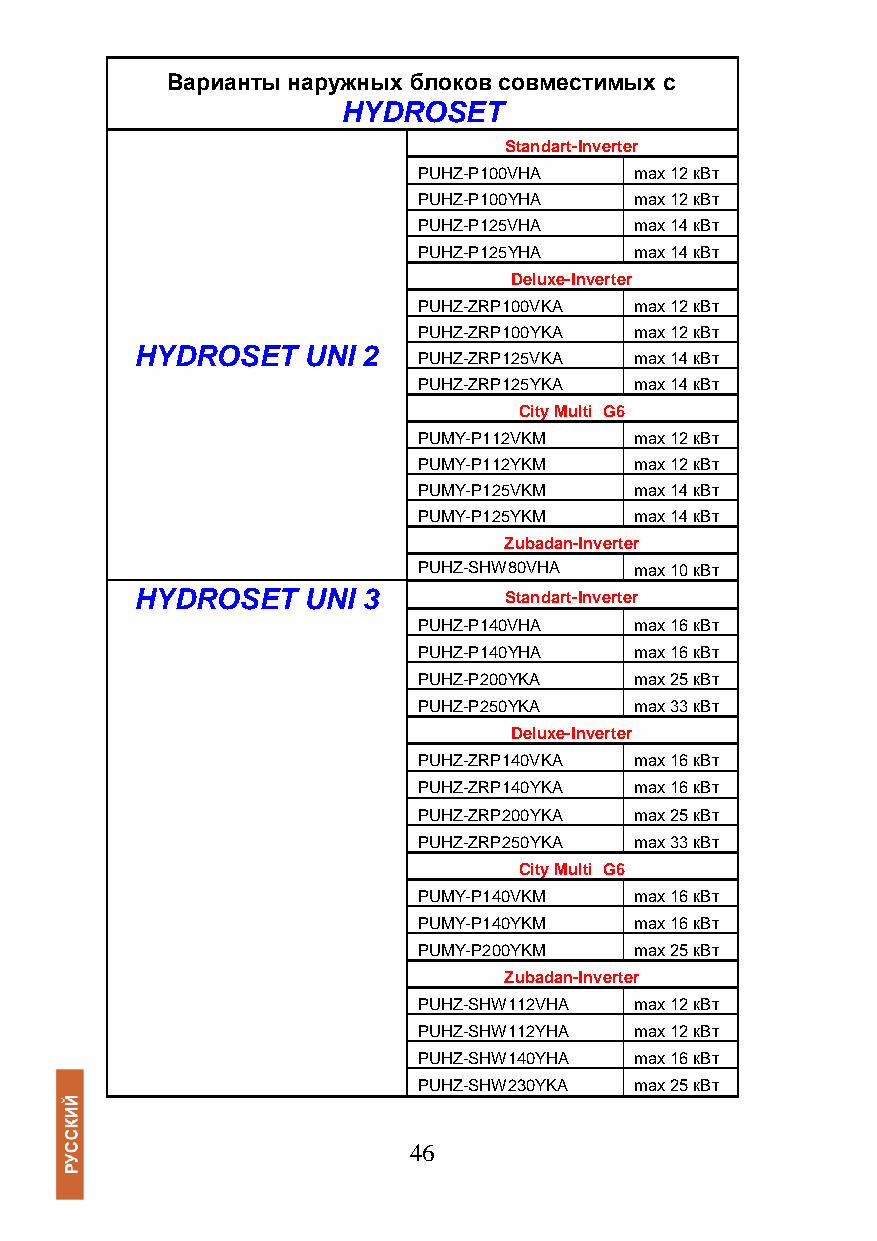
Варианты наружных блоков совместимых с
 HYDROSET
 Standart-Inverter
 PUHZ-P100VHA  max 12 кВт
 PUHZ-P100YHA  max 12 кВт
 PUHZ-P125VHA  max 14 кВт
 PUHZ-P125YHA  max 14 кВт
 Deluxe-Inverter
 PUHZ-ZRP100VKA max 12 кВт
 PUHZ-ZRP100YKA max 12 кВт
 HYDROSET   UNI 2
 PUHZ-ZRP125VKA max 14 кВт
 PUHZ-ZRP125YKA max 14 кВт
 City Multi G6
 PUMY-P112VKM  max 12 кВт
 PUMY-P112YKM  max 12 кВт
 PUMY-P125VKM  max 14 кВт
 PUMY-P125YKM  max 14 кВт
 Zubadan-Inverter
 PUHZ-SHW80VHA max 10 кВт
 HYDROSET   UNI 3        Standart-Inverter
 PUHZ-P140VHA  max 16 кВт
 PUHZ-P140YHA  max 16 кВт
 PUHZ-P200YKA  max 25 кВт
 PUHZ-P250YKA  max 33 кВт
 Deluxe-Inverter
 PUHZ-ZRP140VKA max 16 кВт
 PUHZ-ZRP140YKA max 16 кВт
 PUHZ-ZRP200YKA max 25 кВт
 PUHZ-ZRP250YKA max 33 кВт
 City Multi G6
 PUMY-P140VKM  max 16 кВт
 PUMY-P140YKM  max 16 кВт
 PUMY-P200YKM  max 25 кВт
 Zubadan-Inverter
 PUHZ-SHW112VHA max 12 кВт
 PUHZ-SHW112YHA max 12 кВт
 PUHZ-SHW140YHA max 16 кВт
 PUHZ-SHW230YKA max 25 кВт
 46